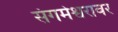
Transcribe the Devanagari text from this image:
संगमेश्वरावर